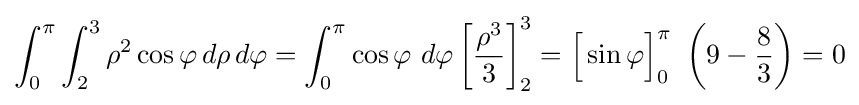
\int _{0}^{\pi }\int _{2}^{3}\rho ^{2}\cos \varphi \,d\rho \,d\varphi =\int _{0}^{\pi }\cos \varphi \ d\varphi \left[{\frac {\rho ^{3}}{3}}\right]_{2}^{3}={\Big [}\sin \varphi {\Big ]}_{0}^{\pi }\ \left(9-{\frac {8}{3}}\right)=0